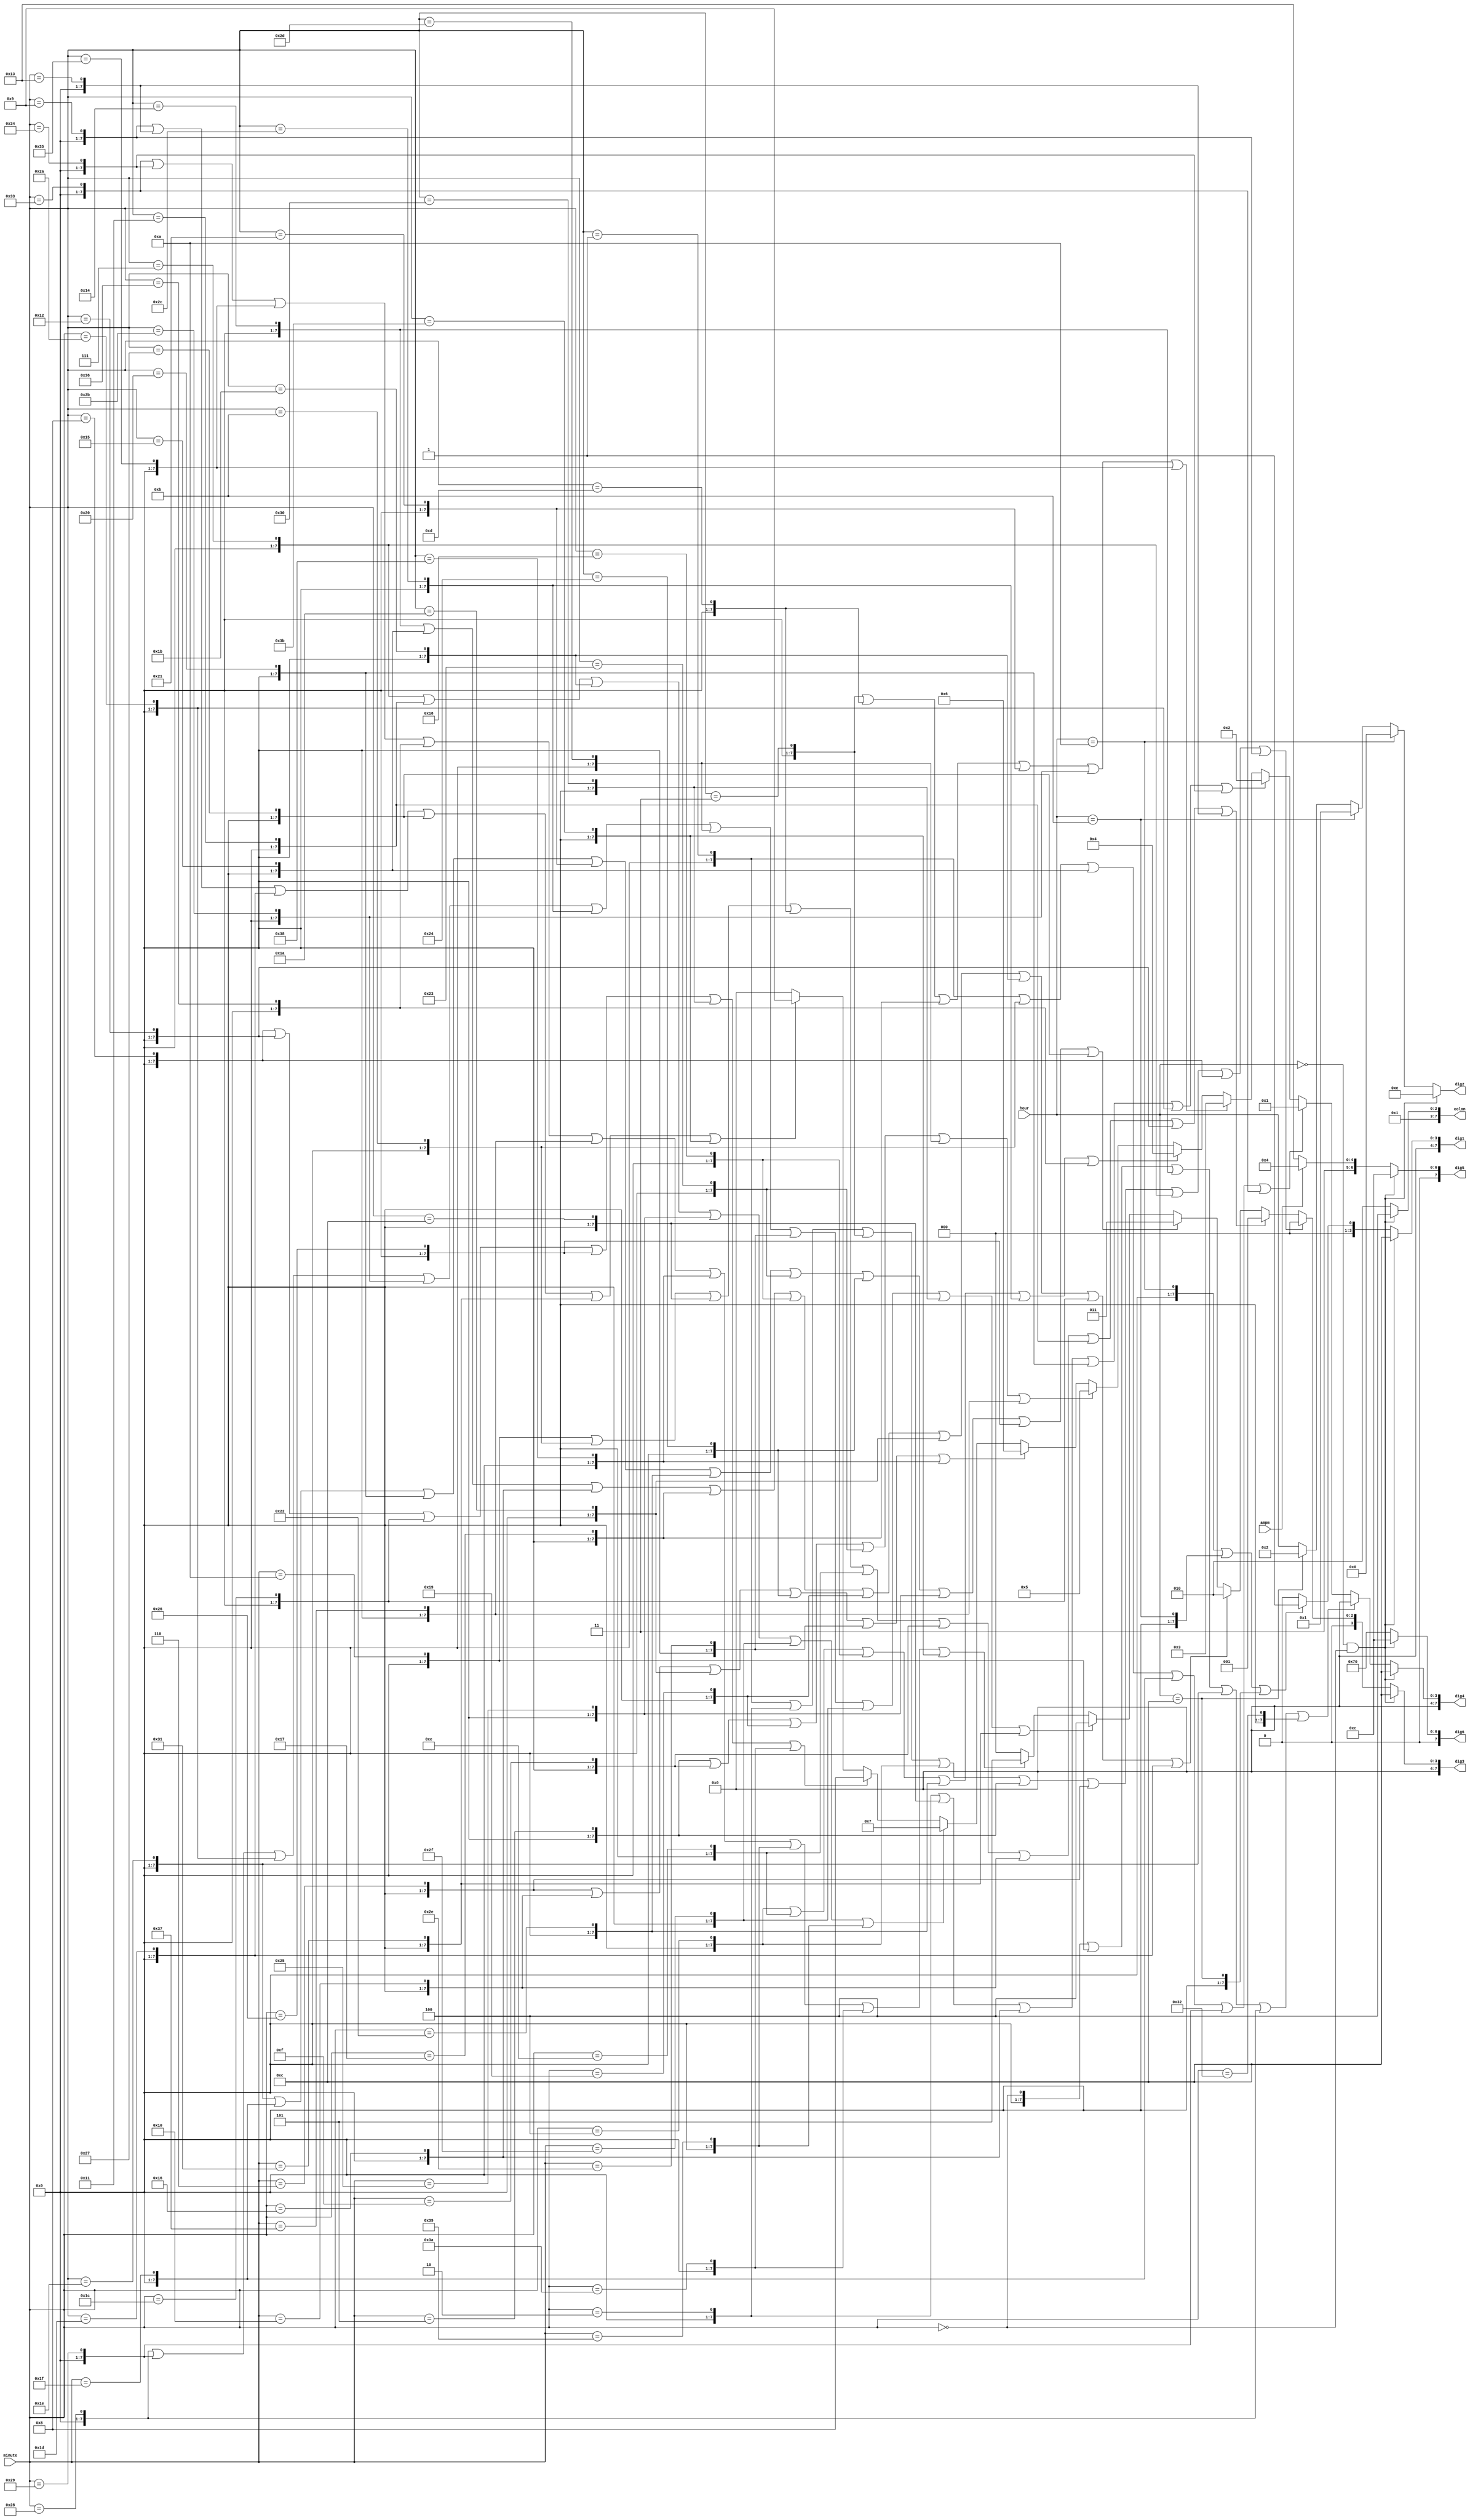
module char_converter(input[7:0] hour, minute, input ampm, output[7:0] dig1, dig2, dig3, dig4, dig5, dig6, colon);
    wire [7:0] min0, min1, min2, min3, min4, min5, min6, min7, min8, min9, min10, 
    min11, min12, min13, min14, min15, min16, min17, min18, min19, min20, 
    min21, min22, min23, min24, min25, min26, min27, min28, min29, min30, 
    min31, min32, min33, min34, min35, min36, min37, min38, min39, min40, 
    min41, min42, min43, min44, min45, min46, min47, min48, min49, min50, 
    min51, min52, min53, min54, min55, min56, min57, min58, min59,
    hour10, hour11, hour12,
    dig4_0, dig4_1, dig4_2, dig4_3, dig4_4, dig4_5, dig4_6, dig4_7, dig4_8, dig4_9,
    dig3_0, dig3_1, dig3_2, dig3_3, dig3_4, dig3_5;

    wire NIL;
    assign NIL = hour == 8'd0 && minute == 8'd0;
    assign colon = NIL? 8'd12: 8'd10;

    assign hour10 = hour == 8'd10;
    assign hour11 = hour == 8'd11;
    assign hour12 = hour == 8'd12;

    assign dig1 = NIL? 8'd12: hour10 || hour11 || hour12? 8'd1: 8'd0;
    assign dig2 = NIL? 8'd12: hour10? 8'd0: hour11? 8'd1: hour12? 8'd2: hour;

    assign min0 = minute == 8'd0;
    assign min1 = minute == 8'd1;
    assign min2 = minute == 8'd2;
    assign min3 = minute == 8'd3;
    assign min4 = minute == 8'd4;
    assign min5 = minute == 8'd5;
    assign min6 = minute == 8'd6;
    assign min7 = minute == 8'd7;
    assign min8 = minute == 8'd8;
    assign min9 = minute == 8'd9;
    assign min10 = minute == 8'd10;
    assign min11 = minute == 8'd11;
    assign min12 = minute == 8'd12;
    assign min13 = minute == 8'd13;
    assign min14 = minute == 8'd14;
    assign min15 = minute == 8'd15;
    assign min16 = minute == 8'd16;
    assign min17 = minute == 8'd17;
    assign min18 = minute == 8'd18;
    assign min19 = minute == 8'd19;
    assign min20 = minute == 8'd20;
    assign min21 = minute == 8'd21;
    assign min22 = minute == 8'd22;
    assign min23 = minute == 8'd23;
    assign min24 = minute == 8'd24;
    assign min25 = minute == 8'd25;
    assign min26 = minute == 8'd26;
    assign min27 = minute == 8'd27;
    assign min28 = minute == 8'd28;
    assign min29 = minute == 8'd29;
    assign min30 = minute == 8'd30;
    assign min31 = minute == 8'd31;
    assign min32 = minute == 8'd32;
    assign min33 = minute == 8'd33;
    assign min34 = minute == 8'd34;
    assign min35 = minute == 8'd35;
    assign min36 = minute == 8'd36;
    assign min37 = minute == 8'd37;
    assign min38 = minute == 8'd38;
    assign min39 = minute == 8'd39;
    assign min40 = minute == 8'd40;
    assign min41 = minute == 8'd41;
    assign min42 = minute == 8'd42;
    assign min43 = minute == 8'd43;
    assign min44 = minute == 8'd44;
    assign min45 = minute == 8'd45;
    assign min46 = minute == 8'd46;
    assign min47 = minute == 8'd47;
    assign min48 = minute == 8'd48;
    assign min49 = minute == 8'd49;
    assign min50 = minute == 8'd50;
    assign min51 = minute == 8'd51;
    assign min52 = minute == 8'd52;
    assign min53 = minute == 8'd53;
    assign min54 = minute == 8'd54;
    assign min55 = minute == 8'd55;
    assign min56 = minute == 8'd56;
    assign min57 = minute == 8'd57;
    assign min58 = minute == 8'd58;
    assign min59 = minute == 8'd59;




    assign dig4_0 = min0 || min10 || min20 || min30 || min40 || min50;
    assign dig4_1 = min1 || min11 || min21 || min31 || min41 || min51;
    assign dig4_2 = min2 || min12 || min22 || min32 || min42 || min52;
    assign dig4_3 = min3 || min13 || min23 || min33 || min43 || min53;
    assign dig4_4 = min4 || min14 || min24 || min34 || min44 || min54;
    assign dig4_5 = min5 || min15 || min25 || min35 || min45 || min55;
    assign dig4_6 = min6 || min16 || min26 || min36 || min46 || min56;
    assign dig4_7 = min7 || min17 || min27 || min37 || min47 || min57;
    assign dig4_8 = min8 || min18 || min28 || min38 || min48 || min58;
    assign dig4_9 = min9 || min19 || min29 || min39 || min49 || min59;

    assign dig3_0 = min1 || min2 || min3 || min4 || min5 || min6 || min7 || min8 || min9;
    assign dig3_1 = min10 || min11 || min12 || min13 || min14 || min15 || min16 || min17 || min18 || min19;
    assign dig3_2 = min20 || min21 || min22 || min23 || min24 || min25 || min26 || min27 || min28 || min29;
    assign dig3_3 = min30 || min31 || min32 || min33 || min34 || min35 || min36 || min37 || min38 || min39;
    assign dig3_4 = min40 || min41 || min42 || min43 || min44 || min45 || min46 || min47 || min48 || min49;
    assign dig3_5 = min51 || min52 || min53 || min54 || min55 || min56 || min57 || min58 || min59;

    assign dig3 = NIL? 8'd12: dig3_0 ? 8'd0: dig3_1? 8'd1: dig3_2? 8'd2: dig3_3? 8'd3: dig3_4? 8'd4: dig3_5? 8'd5: 8'd0;
    assign dig4 = NIL? 8'd12: dig4_0 ? 8'd0: dig4_1? 8'd1: dig4_2? 8'd2: dig4_3? 8'd3: dig4_4? 8'd4: dig4_5? 8'd5: dig4_6 ? 8'd6: dig4_7? 8'd7: dig4_8? 8'd8: dig4_9? 8'd9: 8'd0;

    assign dig5 = NIL? 8'd12: ampm? 8'd100: 8'd115;
    assign dig6 = NIL? 8'd12: 8'd112;

endmodule